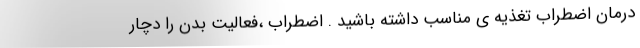
درمان اضطراب تغذیه ی مناسب داشته باشید . اضطراب ،فعالیت بدن را دچار